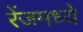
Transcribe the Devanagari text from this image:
रेंजमध्ये